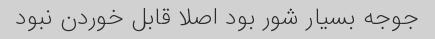
جوجه بسیار شور بود اصلا قابل خوردن نبود